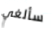
سألغي